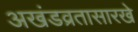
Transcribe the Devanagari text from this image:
अखंडव्रतासारखे